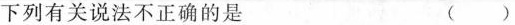
下列有关说法不正确的是 ()